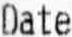
DATE